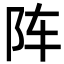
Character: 阵